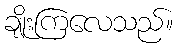
ချိုးကြလေသည်။